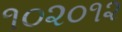
૧૦૨૦૧૨